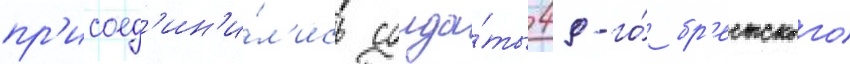
пр'исоед'ин'и́л'ись солда́ты 49-го́ бр'естского